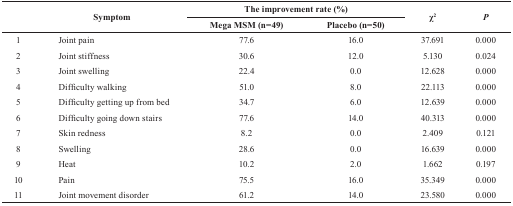
<table><thead><tr><td rowspan="2"><b> </b></td><td rowspan="2"><b>Symptom</b></td><td colspan="2"><b>The improvement rate(%)</b></td><td rowspan="2"><b>χ<sup>2</sup></b></td><td rowspan="2"><b><i>P</i></b></td></tr><tr><td><b>Mega MSM (n=49)</b></td><td><b>Placebo (n=50)</b></td></tr></thead><tbody><tr><td>1</td><td>Joint pain</td><td>77.6</td><td>16.0</td><td>37.691</td><td>0.000</td></tr><tr><td>2</td><td>Joint stiffness</td><td>30.6</td><td>12.0</td><td>5.130</td><td>0.024</td></tr><tr><td>3</td><td>Joint swelling</td><td>22.4</td><td>0.0</td><td>12.628</td><td>0.000</td></tr><tr><td>4</td><td>Difficulty walking</td><td>51.0</td><td>8.0</td><td>22.113</td><td>0.000</td></tr><tr><td>5</td><td>Difficulty getting up from bed</td><td>34.7</td><td>6.0</td><td>12.639</td><td>0.000</td></tr><tr><td>6</td><td>Difficulty going down stairs</td><td>77.6</td><td>14.0</td><td>40.313</td><td>0.000</td></tr><tr><td>7</td><td>Skin redness</td><td>8.2</td><td>0.0</td><td>2.409</td><td>0.121</td></tr><tr><td>8</td><td>Swelling</td><td>28.6</td><td>0.0</td><td>16.639</td><td>0.000</td></tr><tr><td>9</td><td>Heat</td><td>10.2</td><td>2.0</td><td>1.662</td><td>0.197</td></tr><tr><td>10</td><td>Pain</td><td>75.5</td><td>16.0</td><td>35.349</td><td>0.000</td></tr><tr><td>11</td><td>Joint movement disorder</td><td>61.2</td><td>14.0</td><td>23.580</td><td>0.000</td></tr></tbody></table>